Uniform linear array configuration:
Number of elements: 48
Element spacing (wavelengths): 0.5
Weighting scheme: binomial
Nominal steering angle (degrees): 15
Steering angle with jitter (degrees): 14.54
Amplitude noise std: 0.05
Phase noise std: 0.05

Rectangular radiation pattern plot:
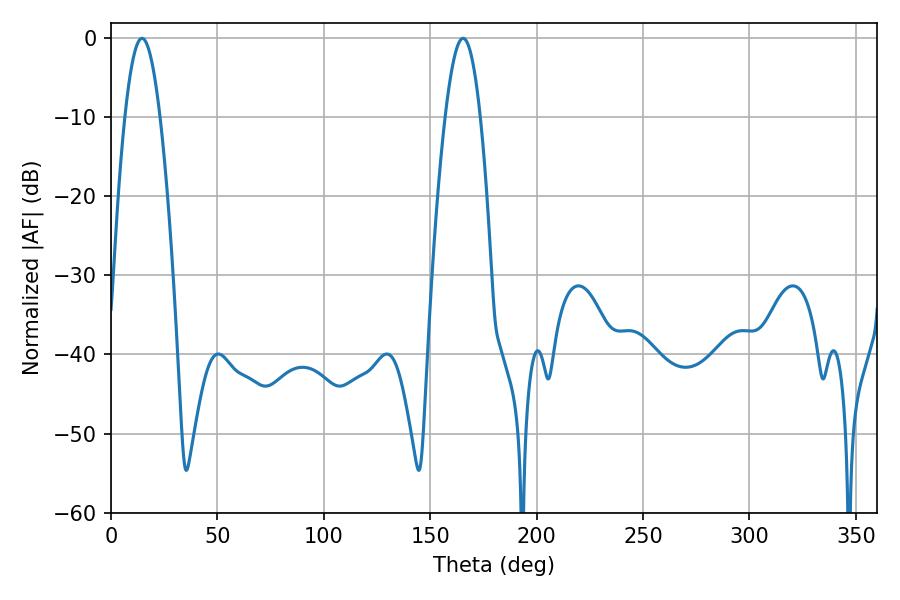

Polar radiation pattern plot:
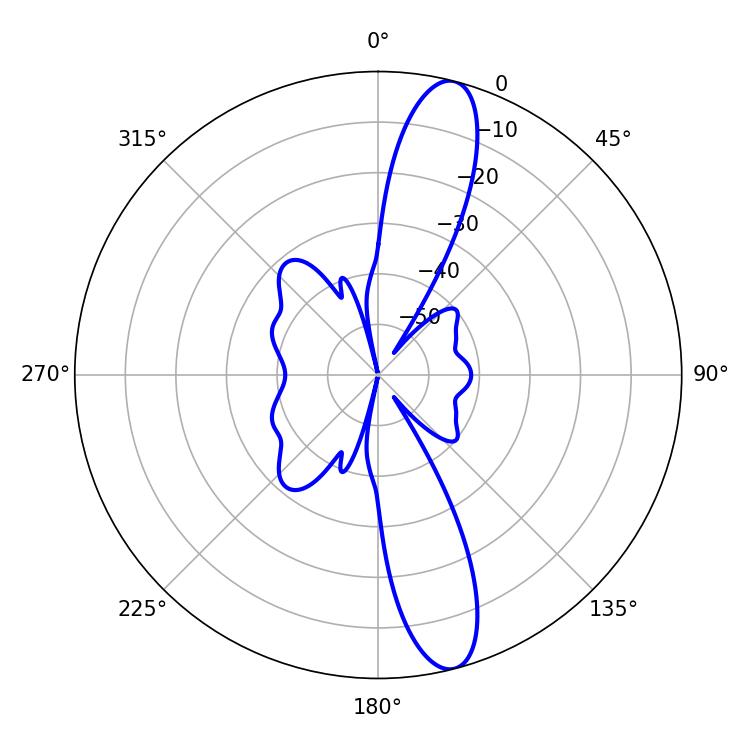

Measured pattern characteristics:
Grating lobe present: FALSE
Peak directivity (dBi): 13.704
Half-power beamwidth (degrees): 9
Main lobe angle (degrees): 14.58